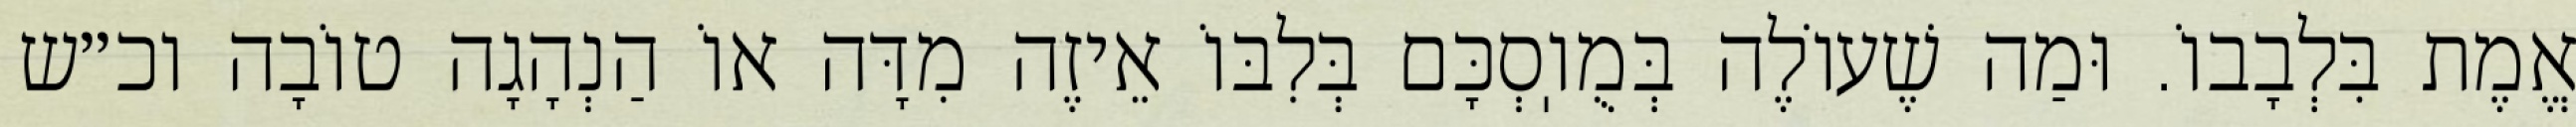
אֱמֶת בִּלְבָבוֹ. וּמַה שֶׁעוֹלֶה בְּמֻוֽסְכָּם בְּלִבּוֹ אֵיזֶה מִדָּה אוֹ הַנְהָגָה טוֹבָה וכ״ש